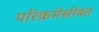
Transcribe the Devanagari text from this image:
परिक्रमेसोबत